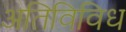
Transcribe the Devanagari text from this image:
अतिविविध